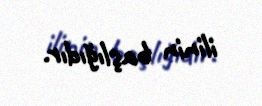
ilinin başlığıdır.